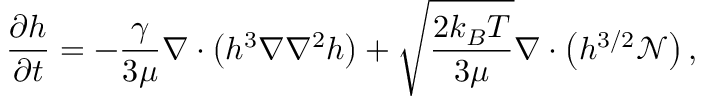
\frac { \partial h } { \partial t } = - \frac { \gamma } { 3 \mu } \nabla \cdot \left( h ^ { 3 } \nabla \nabla ^ { 2 } h \right) + \sqrt { \frac { 2 k _ { B } T } { 3 \mu } } \nabla \cdot \left( h ^ { 3 / 2 } \boldsymbol { \mathcal { N } } \right) ,